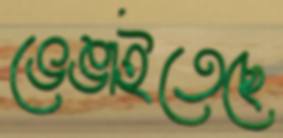
ভেঙাইতেছে